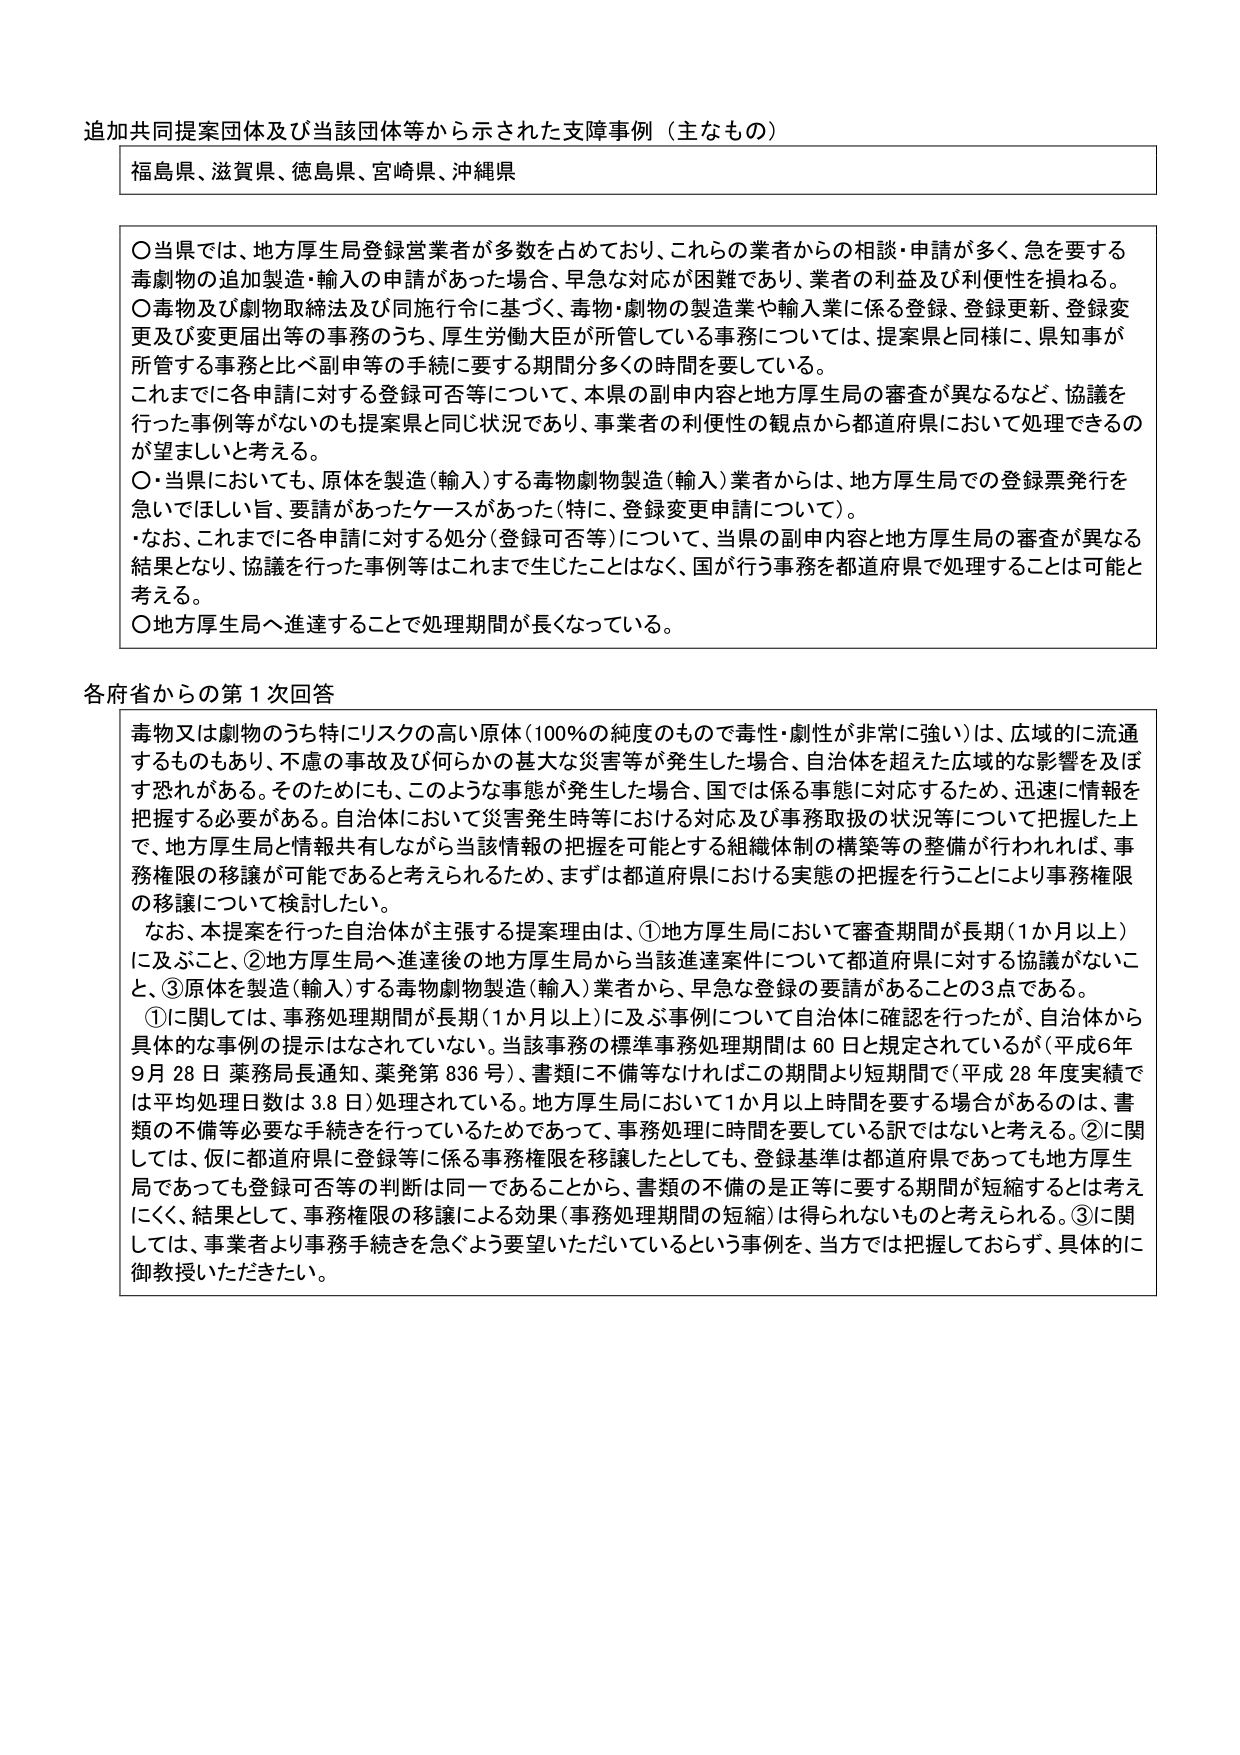
追加共同提案団体及び当該団体等から示された支障事例（主なもの）

福島県、滋賀県、徳島県、宮崎県、沖縄県

〇当県では、地方厚生局登録営業者が多数を占めており、これらの業者からの相談・申請が多く、急を要する毒劇物の追加製造・輸入の申請があった場合、早急な対応が困難であり、業者の利益及び利便性を損ねる。
〇毒物及び劇物取締法及び同施行令に基づく、毒物・劇物の製造業や輸入業に係る登録、登録更新、登録変更及び変更届出等の事務のうち、厚生労働大臣が所管している事務については、提案県と同様に、県知事が所管する事務と比べ副申等の手続に要する期間分多くの時間を要している。
これまでに各申請に対する登録可否等について、本県の副申内容と地方厚生局の審査が異なるなど、協議を行った事例等がないのも提案県と同じ状況であり、事業者の利便性の観点から都道府県において処理できるのが望ましいと考える。
〇・当県においても、原体を製造（輸入）する毒物劇物製造（輸入）業者からは、地方厚生局での登録票発行を急いでほしい旨、要請があったケースがあった（特に、登録変更申請について）。
・なお、これまでに各申請に対する処分（登録可否等）について、当県の副申内容と地方厚生局の審査が異なる結果となり、協議を行った事例等はこれまで生じたことはなく、国が行う事務を都道府県で処理することは可能と考える。
〇地方厚生局へ進達することで処理期間が長くなっている。

各府省からの第1次回答

毒物又は劇物のうち特にリスクの高い原体（100％の純度のもので毒性・劇性が非常に強い）は、広域的に流通するものもあり、不慮の事故及び何らかの甚大な災害等が発生した場合、自治体を超えた広域的な影響を及ぼす恐れがある。そのためにも、このような事態が発生した場合、国では係る事態に対応するため、迅速に情報を把握する必要がある。自治体において災害発生時等における対応及び事務取扱の状況等について把握した上で、地方厚生局と情報共有しながら当該情報の把握を可能とする組織体制の構築等の整備が行われれば、事務権限の移譲が可能であると考えられるため、まずは都道府県における実態の把握を行うことにより事務権限の移譲について検討したい。

なお、本提案を行った自治体が主張する提案理由は、①地方厚生局において審査期間が長期（1か月以上）に及ぶこと、②地方厚生局へ進達後の地方厚生局から当該進達案件について都道府県に対する協議がないこと、③原体を製造（輸入）する毒物劇物製造（輸入）業者から、早急に登録の要請があることの3点である。

①に関しては、事務処理期間が長期（1か月以上）に及ぶ事例について自治体に確認を行ったが、自治体から具体的な事例の提示はなされていない。当該事務の標準事務処理期間は60日と規定されているが（平成6年9月28日薬務局長通知、薬発第836号）、書類に不備等なければこの期間より短期間で（平成28年度実績では平均処理日数は3.8日）処理されている。地方厚生局において1か月以上時間を要する場合があるのは、書類の不備等必要な手続きを行っているためであって、事務処理に時間を要している訳ではないと考える。②に関しては、仮に都道府県に登録等に係る事務権限を移譲したとしても、登録基準は都道府県であっても地方厚生局であっても登録可否等の判断は同一であることから、書類の不備の是正等に要する期間が短縮するとは考えにくく、結果として、事務権限の移譲による効果（事務処理期間の短縮）は得られないものと考えられる。③に関しては、事業者より事務手続きを急ぐよう要望いただいているという事例を、当方では把握しておらず、具体的に御教示いただきたい。